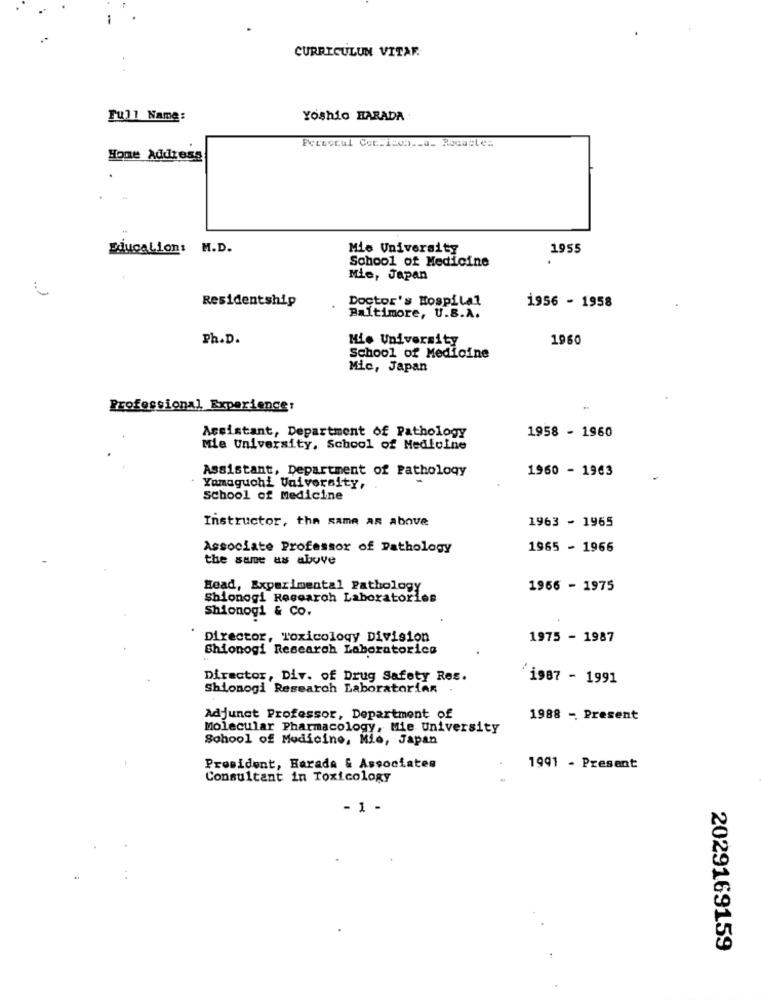
CURRICULUM VITAF
Full Name:
Yoshio HARADA
Persecul Coc.Icon ._ a_ Rocactes
Home Address
EducaLion: M.D.
Mie University
1955
School of Medicine
Mie, Japan
Residentship
Doctor's Hospital
1956 - 1958
Baltimore, U.S.A.
Ph.D.
Mi. University
1960
School of Medicine
Mic, Japan
Professional Experience:
Assistant, Department of Pathology
1958 - 1960
Mie University, School of Medicine
Assistant, Department of Pathology
1960 - 1963
Yamaguchi University,
School of Medicine
Instructor, the Rame AR above
1963 - 1965
Associate Professor of Pathology
1965 - 1966
the same as above
Head, Experimental Pathology
1966 - 1975
Shionogi Research Laboratories
Shionogi & Co.
Director, Toxicology Division
1975 - 1987
Shionogi Research Laboratories
Director, Div. of Drug Safety Res.
İ987 - 1991
Shionogi Research LaboratoriAr
Adjunct Professor, Department of
1988 - Present
Molecular Pharmacology, Mie University
School of Medicine, Mio, Japan
President, Harada & Associates
1991 - Present
Consultant in Toxicology
- 1 -
2029169159